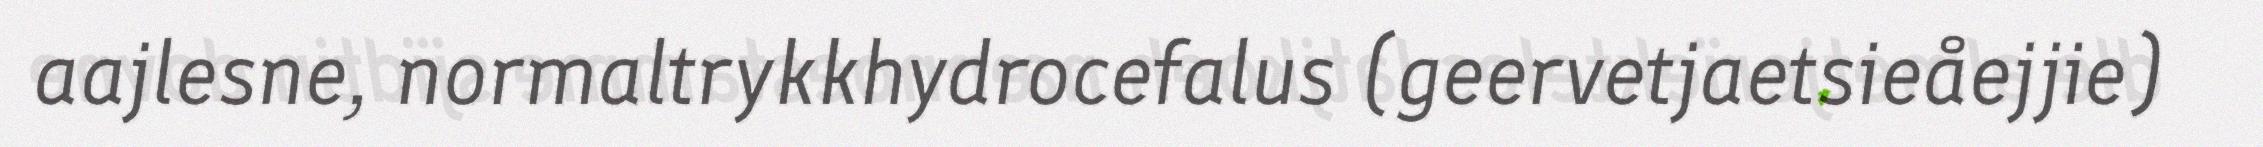
aajlesne, normaltrykkhydrocefalus (geervetjaetsieåejjie)